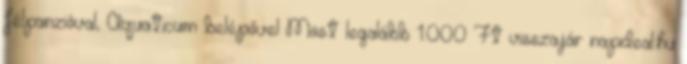
félpanzióval, Aquaticum belépővel Most legalább 1.000 Ft visszajár napideal.hu